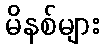
မိနစ်များ